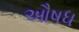
ઔષધ